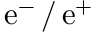
\mathrm { e } ^ { - } \, / \, \mathrm { e } ^ { + }